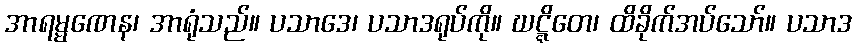
အာရမ္မဏေန၊ အာရုံသည်။ ပသာဒေ၊ ပသာဒရုပ်ကို။ ဃဋ္ဋိတေ၊ ထိခိုက်အပ်သော်။ ပသာဒ